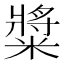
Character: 䊢